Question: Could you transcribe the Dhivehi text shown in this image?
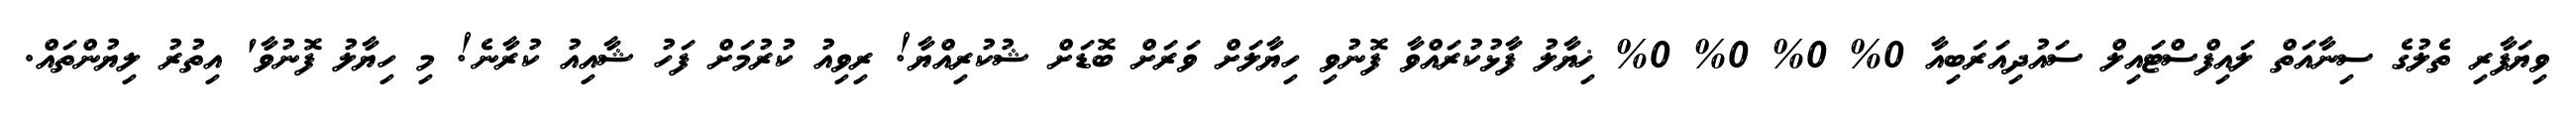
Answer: ވިޔަފާރި ތެލުގެ ސިނާއަތް ލައިފްސްޓައިލް ސައުދިއަރަބިއާ 0% 0% 0% 0% ޚިޔާލު ފާޅުކުރައްވާ ފޮނުވި ހިޔާލަށް ވަރަށް ބޮޑަށް ޝުކުރިއްޔާ! ރިވިއު ކުރުމަށް ފަހު ޝާއިއު ކުރާނެ! މި ހިޔާލު ފޮނުވާ' އިތުރު ލިޔުންތައް.